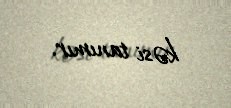
kəsi tanımır.